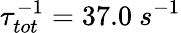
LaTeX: \tau_{tot}^{-1}=37.0~s^{-1}